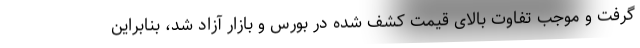
گرفت و موجب تفاوت بالای قیمت کشف شده در بورس و بازار آزاد شد، بنابراین